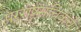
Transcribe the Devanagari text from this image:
परराष्ट्रसचिवाचे